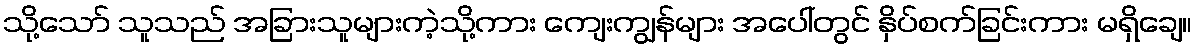
သို့သော် သူသည် အခြားသူများကဲ့သို့ကား ကျေးကျွန်များ အပေါ်တွင် နှိပ်စက်ခြင်းကား မရှိချေ။